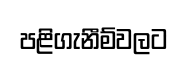
පළිගැනීම්වලට